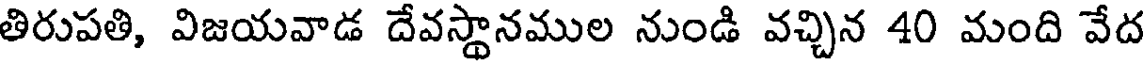
తిరుపతి, విజయవాడ దేవస్థానముల నుండి వచ్చిన 40 మంది వేద